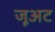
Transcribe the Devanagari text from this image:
जूअट